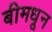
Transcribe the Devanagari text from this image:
बीमधून